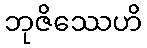
ဘုဇိဿေဟိ